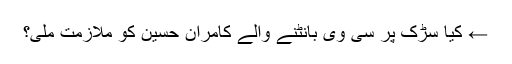
← کیا سڑک پر سی وی بانٹنے والے کامران حسین کو ملازمت ملی؟